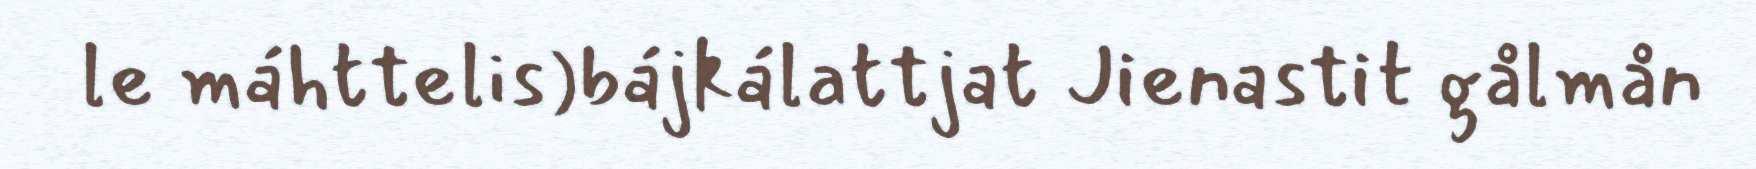
le máhttelis)bájkálattjat Jienastit gålmån